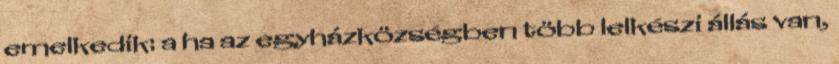
emelkedik: a ha az egyházközségben több lelkészi állás van,